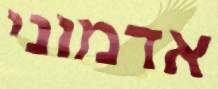
אדמוני